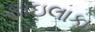
ફાઇલાકા